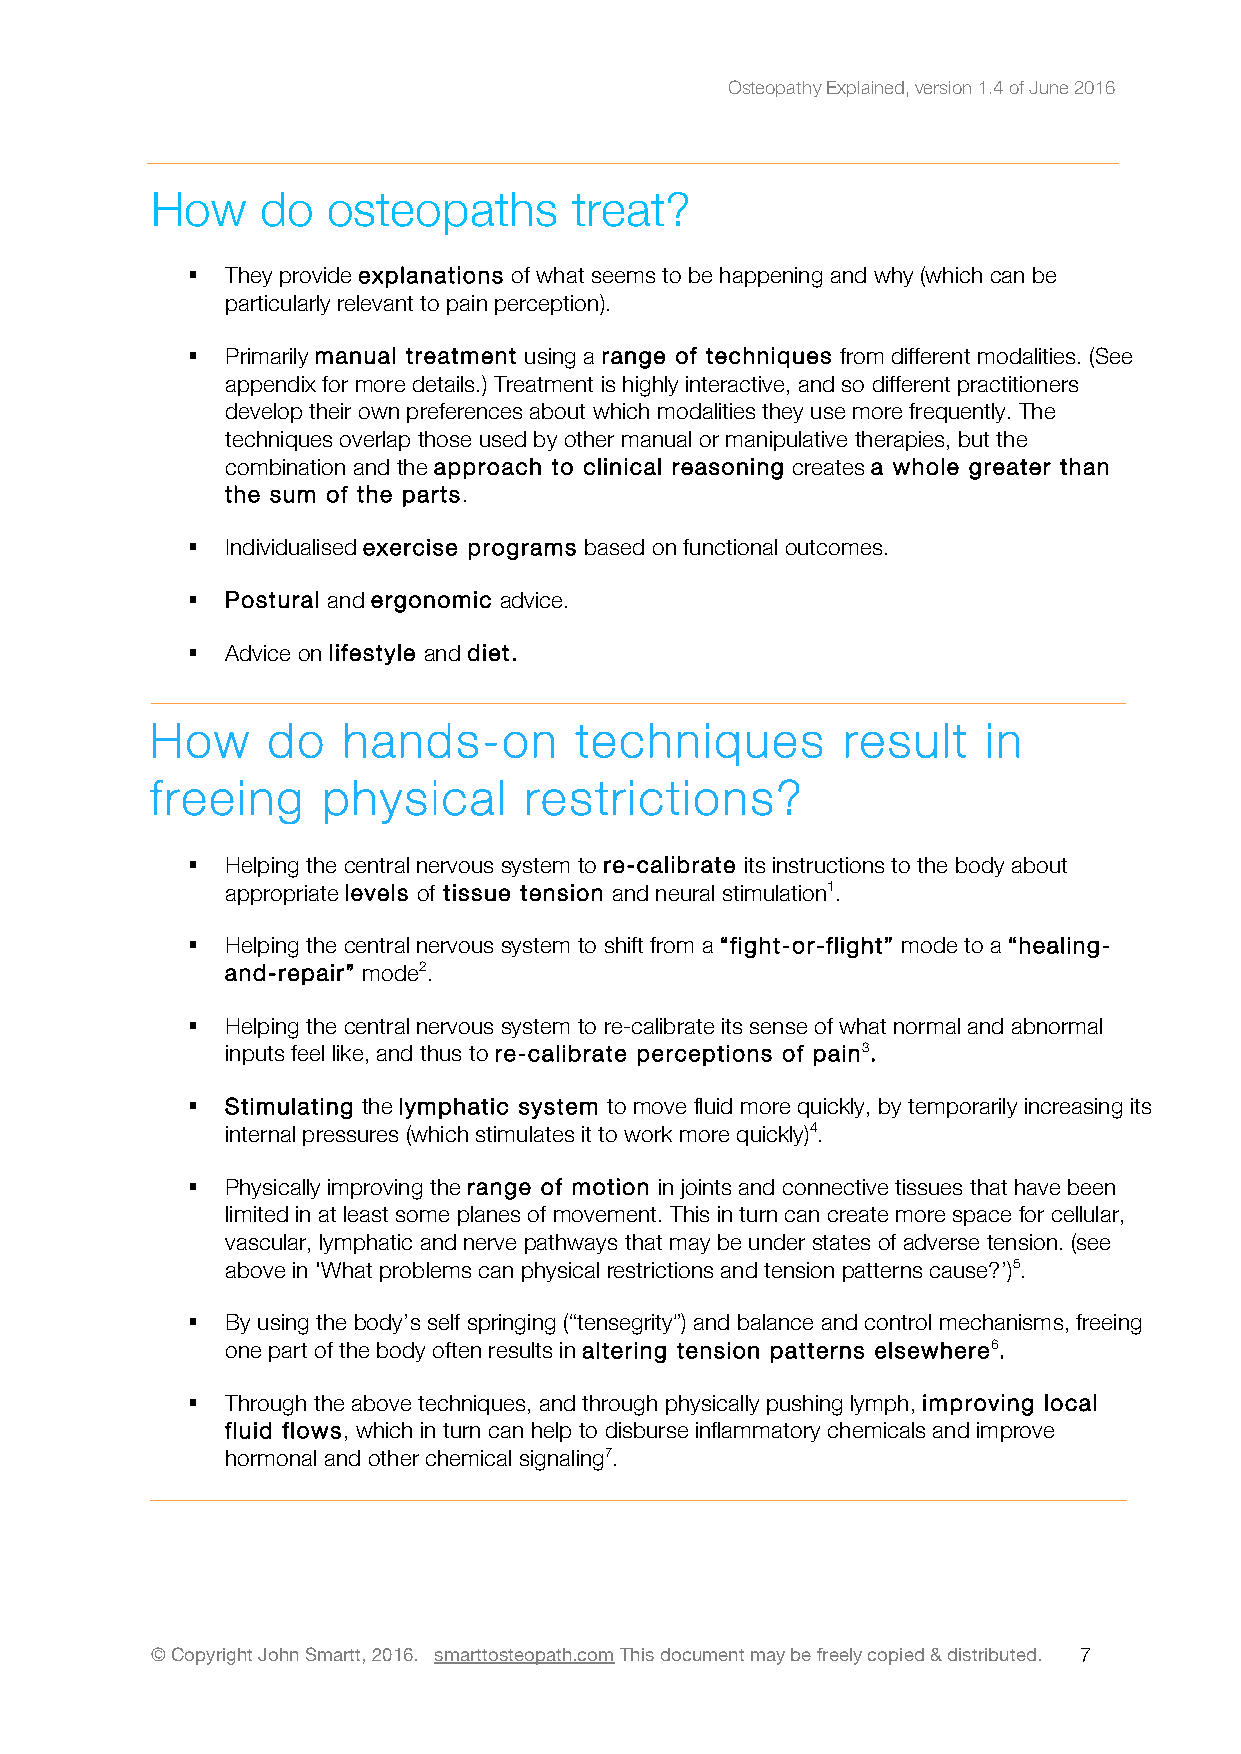
Osteopathy Explained, version 1.4 of June 2016
 How    do   osteopaths      treat?
 !  They provide explanations of what seems to be happening and why (which can be
 particularly relevant to pain perception).
 !  Primarily manual treatment using a range of techniques from different modalities. (See
 appendix for more details.) Treatment is highly interactive, and so different practitioners
 develop their own preferences about which modalities they use more frequently. The
 techniques overlap those used by other manual or manipulative therapies, but the
 combination and the approach to clinical reasoning creates a whole greater than
 the sum of the parts.
 !  Individualised exercise programs based on functional outcomes.
 !  Postural and ergonomic advice.
 !  Advice on lifestyle and diet.
 How     do   hands-on       techniques        result   in
 freeing    physical      restrictions?
 !  Helping the central nervous system to re-calibrate its instructions to the body about
 appropriate levels of tissue tension and neural stimulation1.
 !  Helping the central nervous system to shift from a “fight-or-flight” mode to a “healing-
 and-repair” mode2.
 !  Helping the central nervous system to re-calibrate its sense of what normal and abnormal
 inputs feel like, and thus to re-calibrate perceptions of pain3.
 !  Stimulating the lymphatic system to move fluid more quickly, by temporarily increasing its
 internal pressures (which stimulates it to work more quickly)4.
 !  Physically improving the range of motion in joints and connective tissues that have been
 limited in at least some planes of movement. This in turn can create more space for cellular,
 vascular, lymphatic and nerve pathways that may be under states of adverse tension. (see
 above in 'What problems can physical restrictions and tension patterns cause?’)5.
 !  By using the body’s self springing (“tensegrity”) and balance and control mechanisms, freeing
 one part of the body often results in altering tension patterns elsewhere6.
 !  Through the above techniques, and through physically pushing lymph, improving local
 fluid flows, which in turn can help to disburse inflammatory chemicals and improve
 hormonal and other chemical signaling7.
 © Copyright John Smartt, 2016. smarttosteopath.com This document may be freely copied & distributed. 7